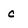
Character: c